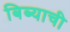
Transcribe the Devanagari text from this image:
बिब्याची